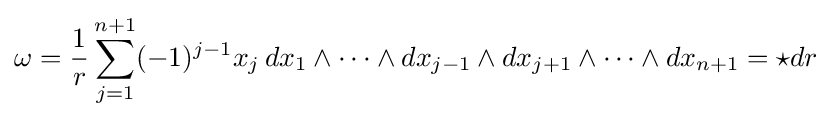
\omega ={\frac {1}{r}}\sum _{j=1}^{n+1}(-1)^{j-1}x_{j}\,dx_{1}\wedge \cdots \wedge dx_{j-1}\wedge dx_{j+1}\wedge \cdots \wedge dx_{n+1}={\star }dr